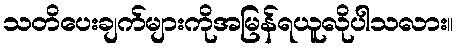
သတိပေးချက်များကိုအမြန်ရယူလိုပါသလား။